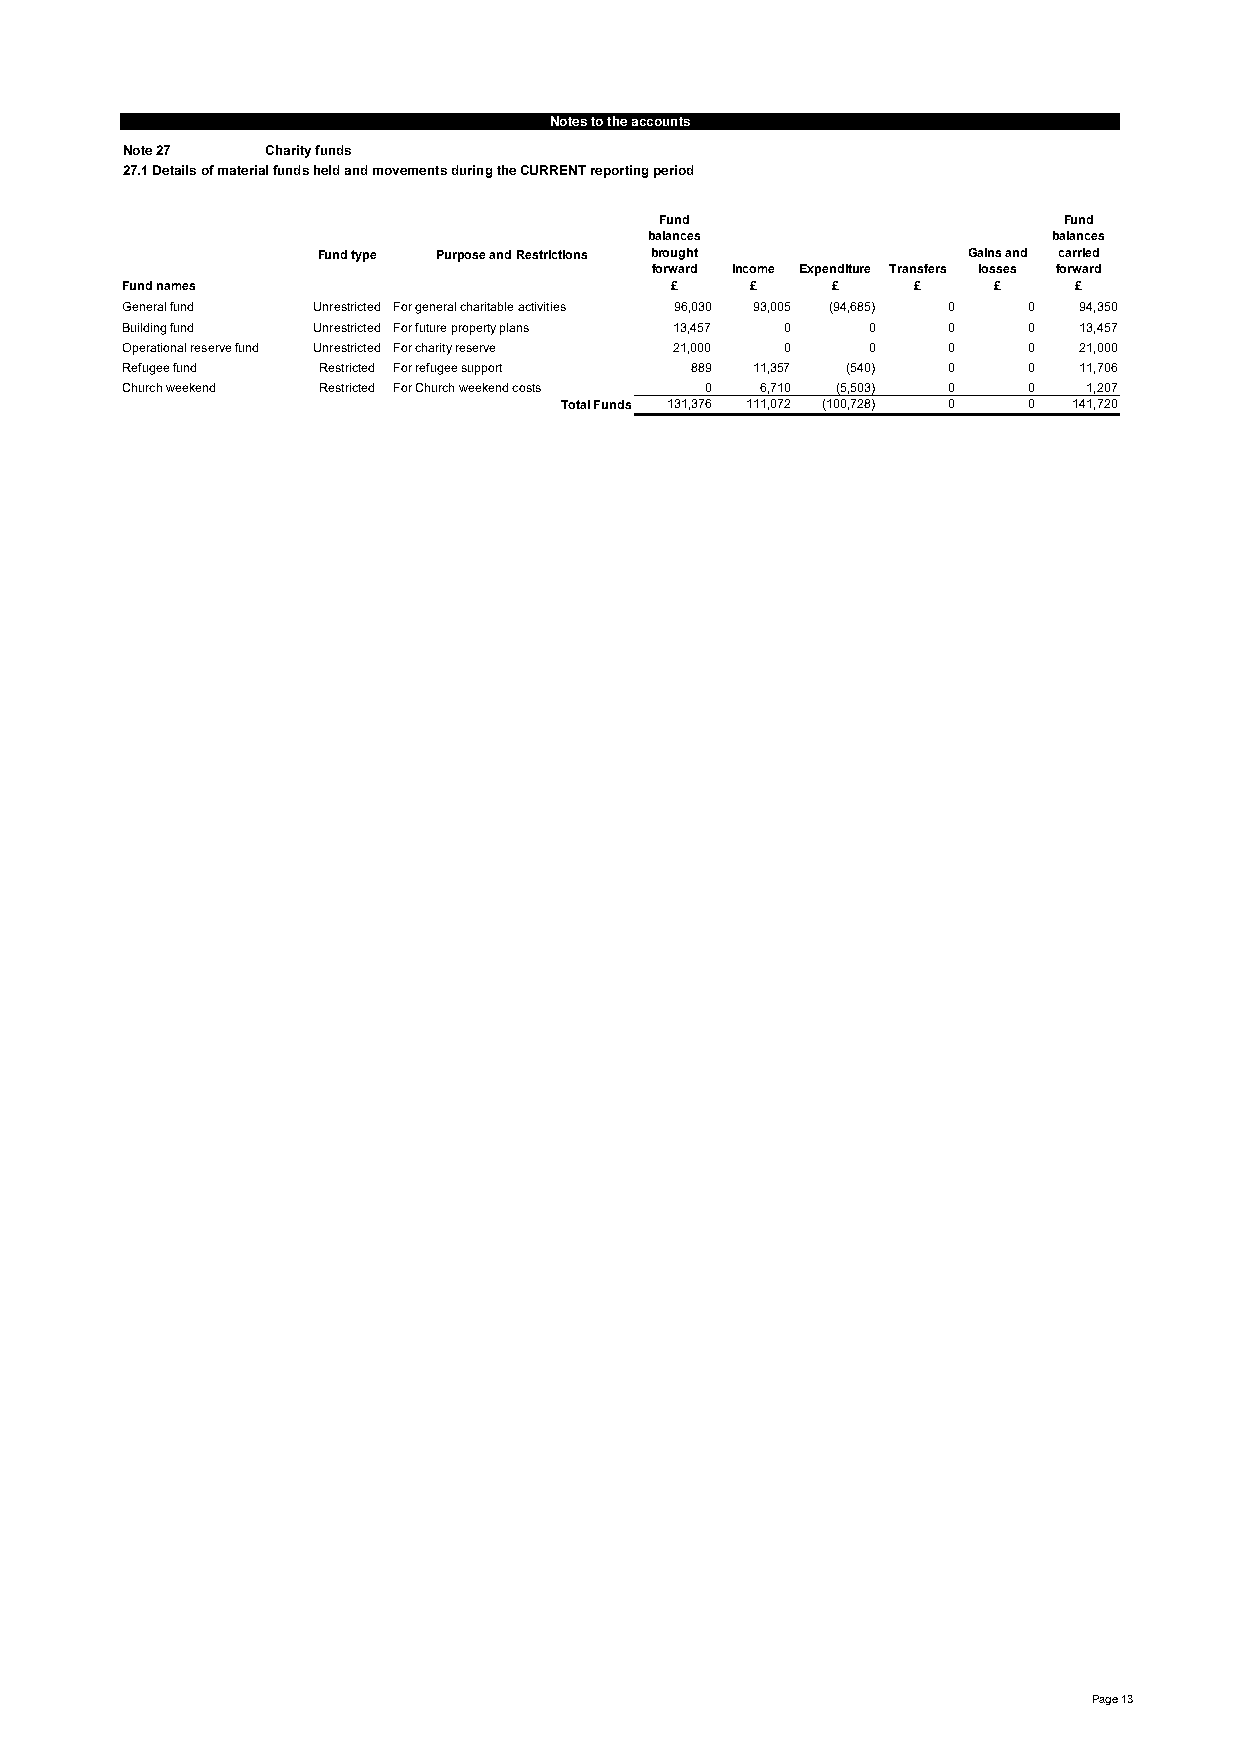
Notes to the accounts
 Note 27   Charity funds
 27.1 Details of material funds held and movements during the CURRENT reporting period
 Fund                      Fund
 balances                   balances
 Fund type Purpose and Restrictions brought Gains and carried
 forward Income Expenditure Transfers losses forward
 Fund names                          £     £    £     £    £    £
 General fund Unrestricted For general charitable activities 96,030 93,005 (94,685) 0 0 94,350
 Building fund Unrestricted For future property plans 13,457 0 0 0 0 13,457
 Operational reserve fund Unrestricted For charity reserve 21,000 0 0 0 0 21,000
 Refugee fund Restricted For refugee support 889 11,357 (540) 0 0 11,706
 Church weekend Restricted For Church weekend costs 0 6,710 (5,503) 0 0 1,207
 Total Funds 131,376 111,072 (100,728) 0 0 141,720
 Page 13